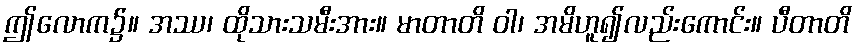
ဤလောက၌။ အဿ၊ ထိုသားသမီးအား။ မာတာတိ ဝါ၊ အမိဟူ၍လည်းကောင်း။ ပီတာတိ